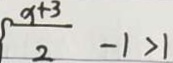
\frac { x + 3 } { 2 } - 1 > 1